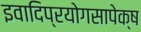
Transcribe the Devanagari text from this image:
इवादिप्रयोगसापेक्ष